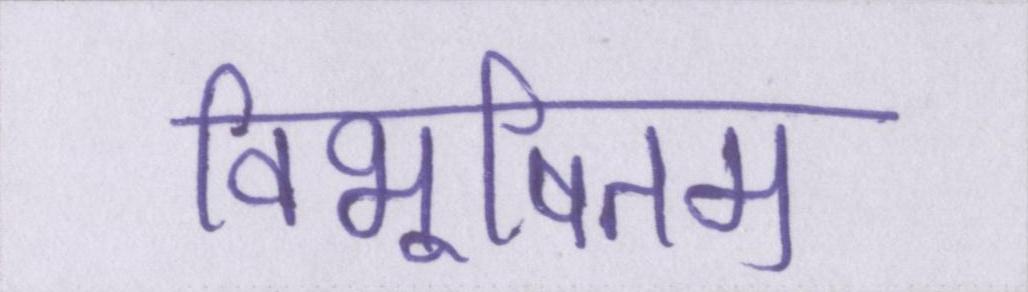
विभूषितम